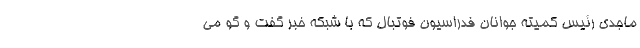
ماجدی رئیس کمیته جوانان فدراسیون فوتبال که با شبکه خبر گفت و گو می